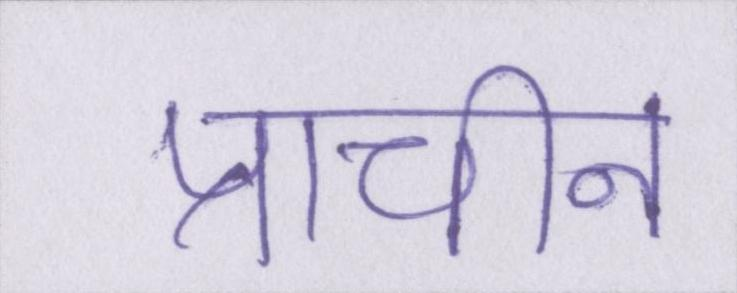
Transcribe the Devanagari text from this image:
प्राचीन